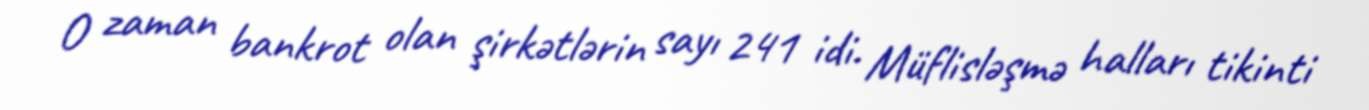
O zaman bankrot olan şirkətlərin sayı 241 idi. Müflisləşmə halları tikinti